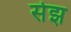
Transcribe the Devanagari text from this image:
सेझ